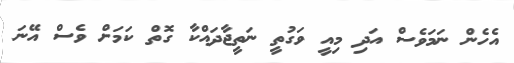
އެހެން ނަމަވެސް އަދި މިއީ ވަގުތީ ނަތީޖާދައްކާ ގޮތް ކަމަށް ވެސް އޭނަ